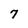
Character: 7